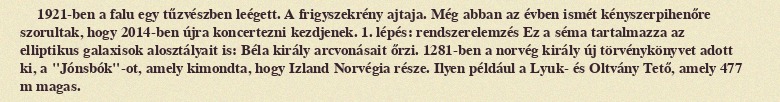
1921-ben a falu egy tűzvészben leégett. A frigyszekrény ajtaja. Még abban az évben ismét kényszerpihenőre szorultak, hogy 2014-ben újra koncertezni kezdjenek. 1. lépés: rendszerelemzés Ez a séma tartalmazza az elliptikus galaxisok alosztályait is: Béla király arcvonásait őrzi. 1281-ben a norvég király új törvénykönyvet adott ki, a "Jónsbók"-ot, amely kimondta, hogy Izland Norvégia része. Ilyen például a Lyuk- és Oltvány Tető, amely 477 m magas.